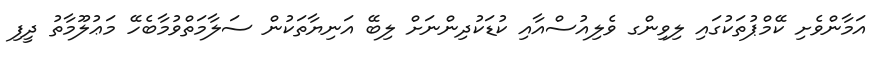
އަމާންވެށި ކޭމްޕުތަކުގައި ލިވިންގ ވެލިއުސްއާއި ކުޑަކުދިންނަށް ލިބޭ އަނިޔާތަކުން ސަލާމަތްވުމާބެހޭ މަޢުލޫމާތު ދީފި